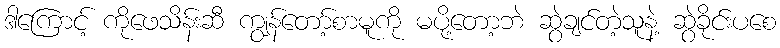
ဒါကြောင့် ကိုဖေသိန်းဆီ ကျွန်တော့်စာမူကို မပို့တော့ဘဲ ဆွဲချင်တဲ့သူနဲ့ ဆွဲခိုင်းပစေ